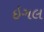
ઇગલ